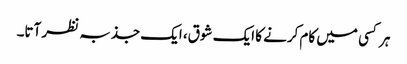
ہر کسی میں کام کرنے کا ایک شوق، ایک جذبہ نظر آتا۔